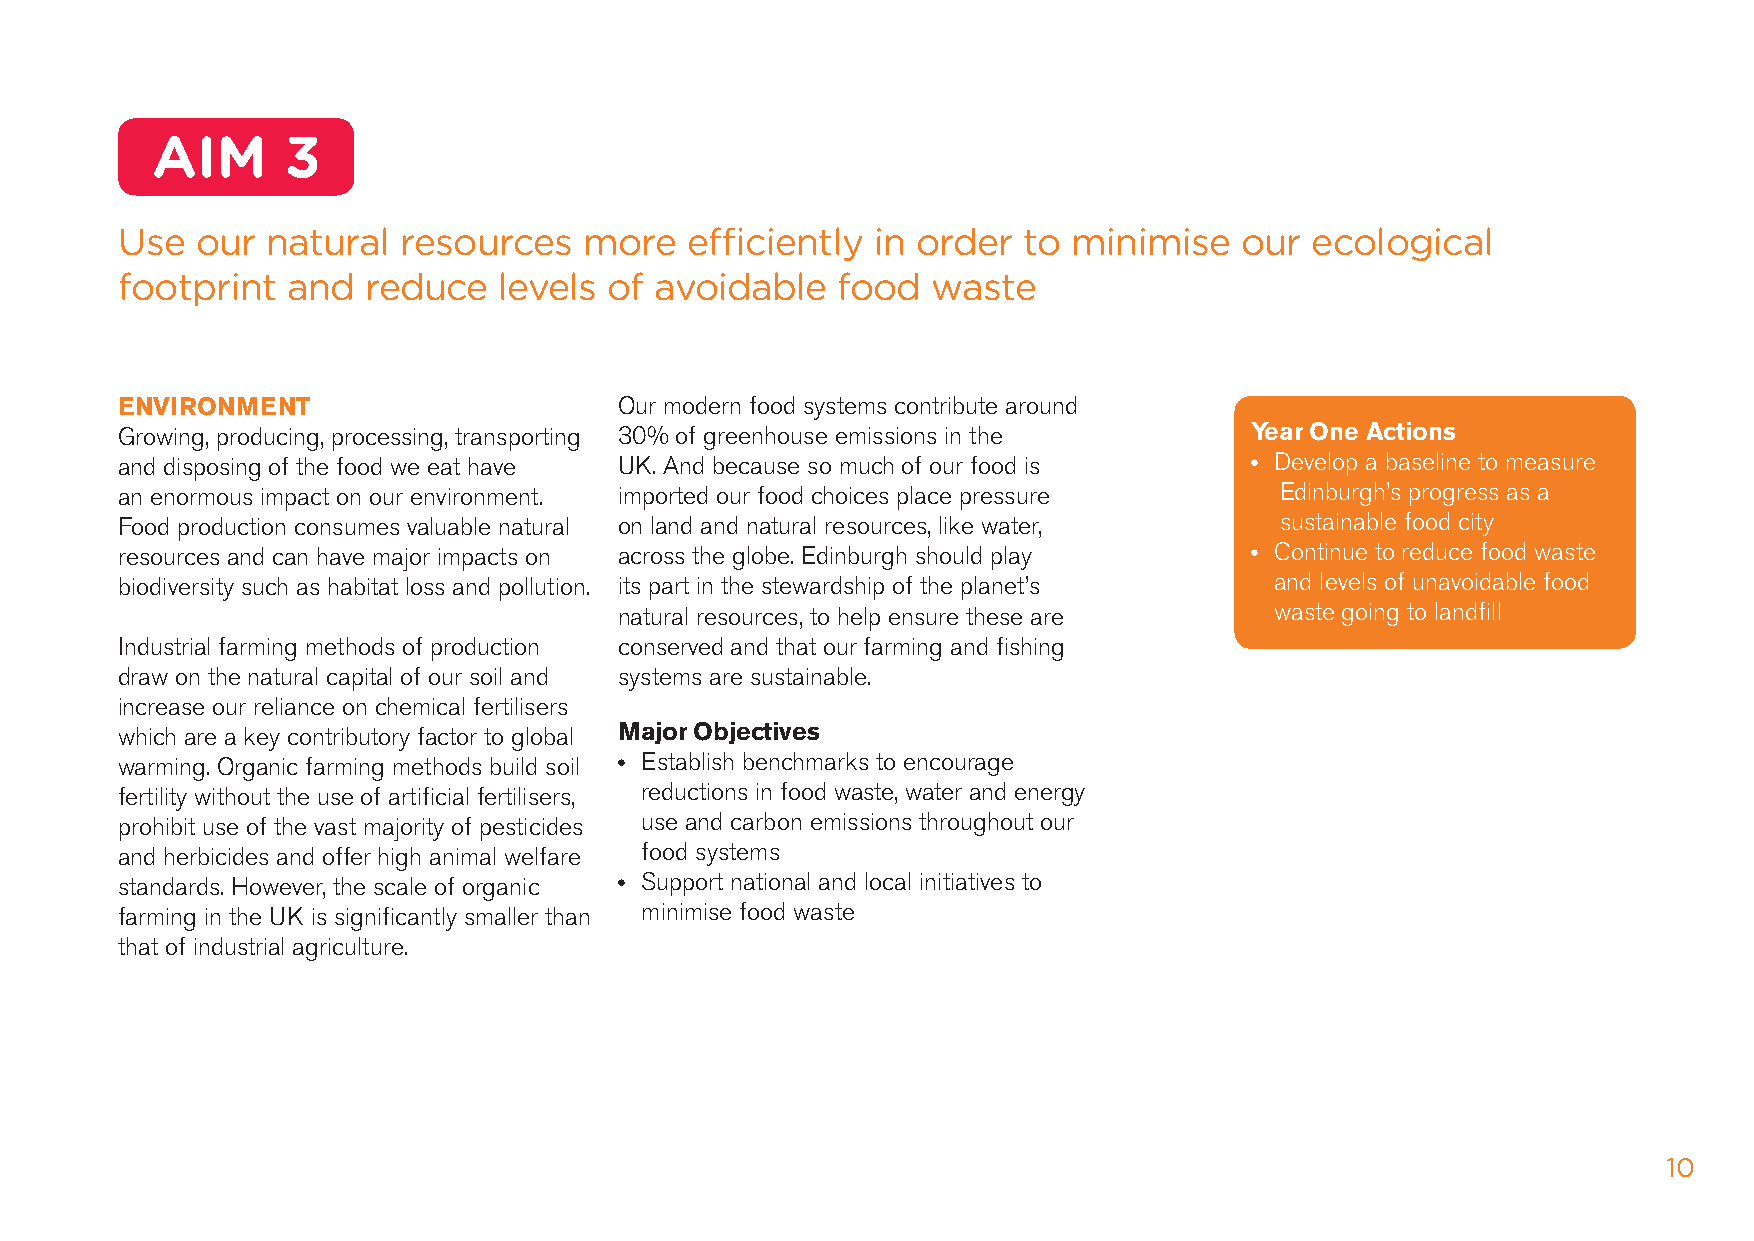
AIM      3
 Use  our  natural  resources   more  efficiently  in order  to minimise   our  ecological
 footprint  and  reduce   levels of avoidable   food   waste
 ENVIrONmENT                      Our modern food systems contribute around
 Growing, producing, processing, transporting 30% of greenhouse emissions in the Year One Actions
 and disposing of the food we eat have UK. And because so much of our food is • develop a baseline to measure
 an enormous impact on our environment. imported our food choices place pressure Edinburgh’s progress as a
 Food production consumes valuable natural on land and natural resources, like water, sustainable food city
 resources and can have major impacts on across the globe. Edinburgh should play • Continue to reduce food waste
 biodiversity such as habitat loss and pollution. its part in the stewardship of the planet’s and levels of unavoidable food
 natural resources, to help ensure these are waste going to landfill
 Industrial farming methods of production conserved and that our farming and fishing
 draw on the natural capital of our soil and systems are sustainable.
 increase our reliance on chemical fertilisers
 which are a key contributory factor to global major Objectives
 warming. Organic farming methods build soil • Establish benchmarks to encourage
 fertility without the use of artificial fertilisers, reductions in food waste, water and energy
 prohibit use of the vast majority of pesticides use and carbon emissions throughout our
 and herbicides and offer high animal welfare food systems
 standards. however, the scale of organic • Support national and local initiatives to
 farming in the UK is significantly smaller than minimise food waste
 that of industrial agriculture.
 10